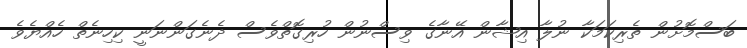
ބަސްމޮށުން ތެރިކަމަކާ ނުލާ އިޝާން އޭނާގެ ވިސްނުން ހުރިގޮތްވެސް ދެނެގަންނަނީ ކިހިނެތް ހެއްޔެވެ